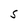
Character: S